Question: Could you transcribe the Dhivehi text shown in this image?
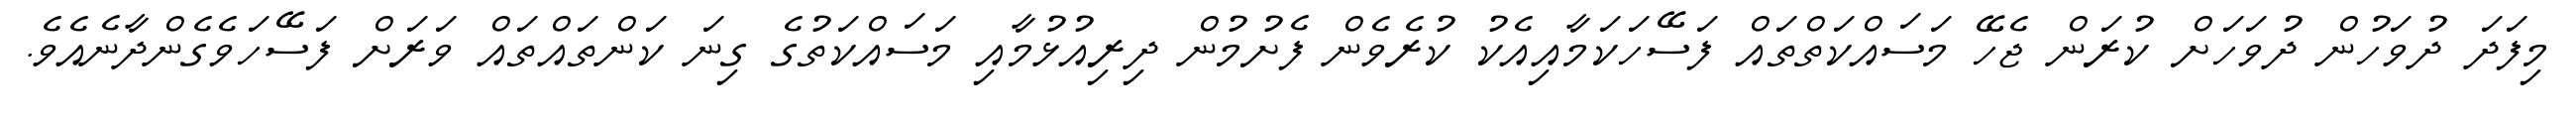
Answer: މިފަދަ ދުވަހުން ދުވަހަށް ކުރަން ޖެހޭ މަސައްކަތްތައް ފަސޭހަކަމާއިއެކު ކުރެވެން ފެށުމުން ދިރިއުޅުމާއި މަސައްކަތުގެ ގިނަ ކަންތައްތައް ވަރަށް ފަސޭހަވެގެންދާނެއެވެ.